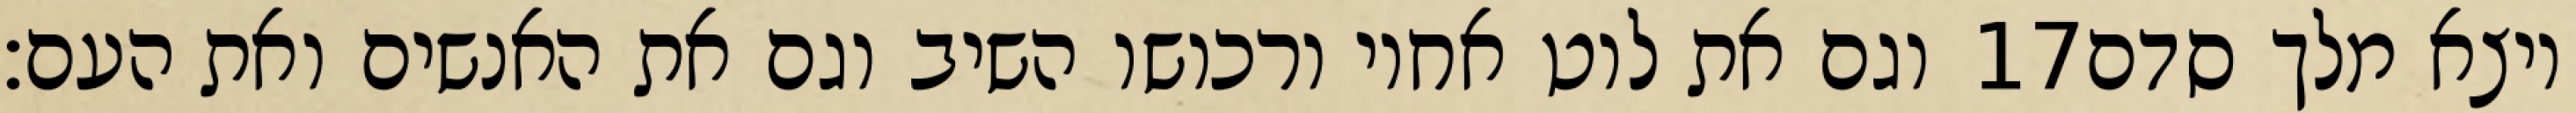
וגם את לוט אחיו ורכושו השיב וגם את האנשים ואת העם׃ ‎17‏ ויצא מלך סדם